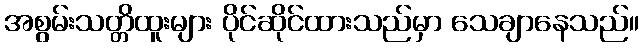
အစွမ်းသတ္တိထူးများ ပိုင်ဆိုင်ထားသည်မှာ သေချာနေသည်။